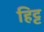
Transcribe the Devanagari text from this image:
हिट्ट